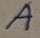
Text: A